Calcutta medical institutions reports 1879-81 [i.e.91]
Year: 1879
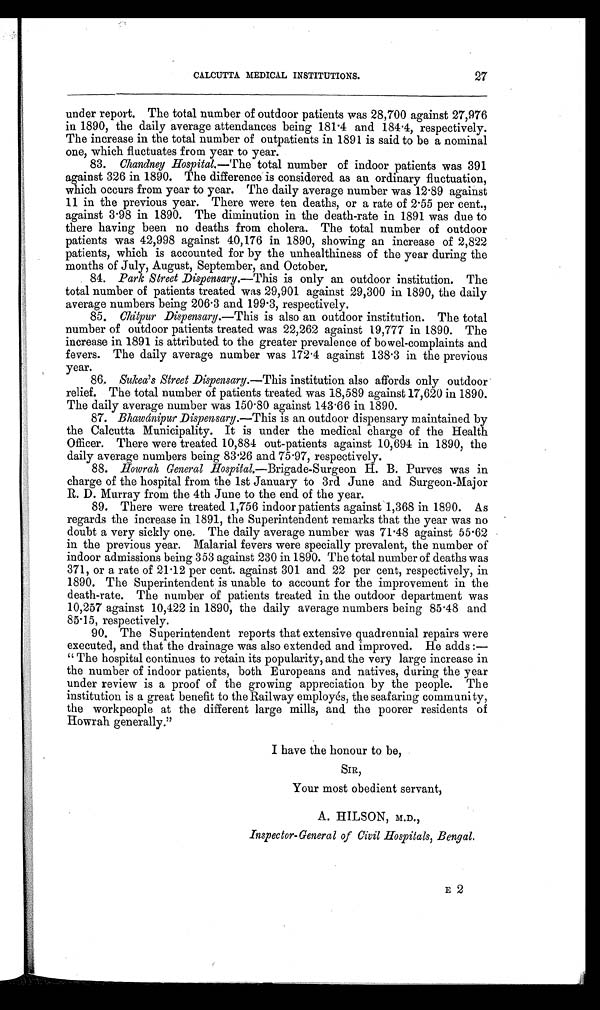
27
CALCUTTA MEDICAL INSTITUTIONS.
under report. The total number of outdoor patients was 28,700 against 27,976
in 1890, the daily average attendances being 181.4 and 184.4, respectively.
The increase in the total number of outpatients in 1891 is said to be a nominal
one, which fluctuates from year to year.
83.
chandney Hospital.—The total number of indoor patients was 391
against 326 in 1890. The difference is considered as an ordinary fluctuation,
which occurs from year to year. The daily average number was 12.89 against
11 in the previous year. There were ten deaths, or a rate of 2.55 per cent.,
against 3.98 in 1890. The diminution in the death-rate in 1891 was due to
there having been no deaths from cholera. The total number of outdoor
patients was 42,998 against 40,176 in 1890, showing an increase of 2,822
patients, which is accounted for by the unhealthiness of the year during the
months of July, August, September, and October.
84. Park Street Dispensary.—This is only an outdoor institution. The
total number of patients treated was 29,901 against 29,300 in 1890, the daily
average numbers being 206.3 and 199.3, respectively.
85. Chitpur Dispensary .—This is also an outdoor institution. The total
number of outdoor patients treated was 22,262 against 19,777 in 1890. The
increase in 1891 is attributed to the greater prevalence of bowel-complaints and
fevers. The daily average number was 172.4 against 138.3 in the previous
year.
86. Sukea's Street Dispensary .—This institution also affords only outdoor
relief. The total number of patients treated was 18,589 against 17,620 in 1890.
The daily average number was 150.80 against 143.66 in 1890.
87. Bhawánipur Dispensary .—This is an outdoor dispensary maintained by
the Calcutta Municipality. It is under the medical charge of the Health
Officer. There were treated 10,884 out-patients against 10,694 in 1890, the
daily average numbers being 83.26 and 75.97, respectively.
88. Howrah General Hospital.—Brigade-Surgeon H. B. Purves was in
charge of the hospital from the 1st January to 3rd June and Surgeon-Major
R. D. Murray from the 4th June to the end of the year.
89. There were treated 1,756 indoor patients against 1,368 in 1890. As
regards the increase in 1891, the Superintendent remarks that the year was no
doubt a very sickly one. The daily average number was 71.48 against 55.62
in the previous year. Malarial fevers were specially prevalent, the number of
indoor admissions being 353 against 230 in 1890. The total number of deaths was
371, or a rate of 21.12 per cent. against 301 and 22 per cent, respectively, in
1890. The Superintendent is unable to account for the improvement in the
death-rate. The number of patients treated in the outdoor department was
10,257 against 10,422 in 1890, the daily average numbers being 85.48 and
85.15, respectively.
90. The Superintendent reports that extensive quadrennial repairs were
executed, and that the drainage was also extended and improved. He adds :-
" The hospital continues to retain its popularity, and the very large increase in
the number of indoor patients, both Europeans and natives, during the year
under review is a proof of the growing appreciation by the people. The
institution is a great benefit to the Railway employés, the seafaring community,
the workpeople at the different large mills, and the poorer residents of
Howrah generally."
I have the honour to be,
SIR,
Your most obedient servant,
A. HILSON, M.D.,
Inspector-General of Civil Hospitals, Bengal.
E 2